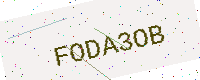
Text: FODA3OB